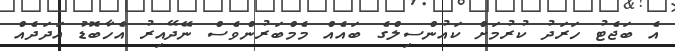
އެ ބަޖެޓު ހަރަދު ކުރުމަށް ކައުންސިލްގެ ބައެއް މެމްބަރުންވެސް ނޭދޭއިރު އެހާބޮޑު އަދަދެއް